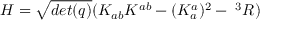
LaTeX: H = { \sqrt { d e t ( q ) } } ( K _ { a b } K ^ { a b } - ( K _ { a } ^ { a } ) ^ { 2 } - \; ^ { 3 } R )